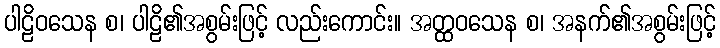
ပါဠိဝသေန စ၊ ပါဠိ၏အစွမ်းဖြင့် လည်းကောင်း။ အတ္ထဝသေန စ၊ အနက်၏အစွမ်းဖြင့်